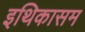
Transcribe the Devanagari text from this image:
इथिकासम